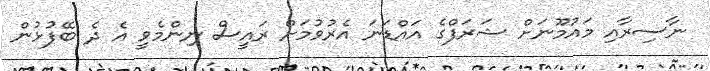
ނާސިރާއި މައުމޫނަށް ޝަރަފްގެ އައްޑަނަ އެރުވުމަށް ރައީސް ނިންމެވީ އެ ދެ ބޭފުޅުން